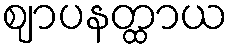
ဈာပနတ္ထာယ